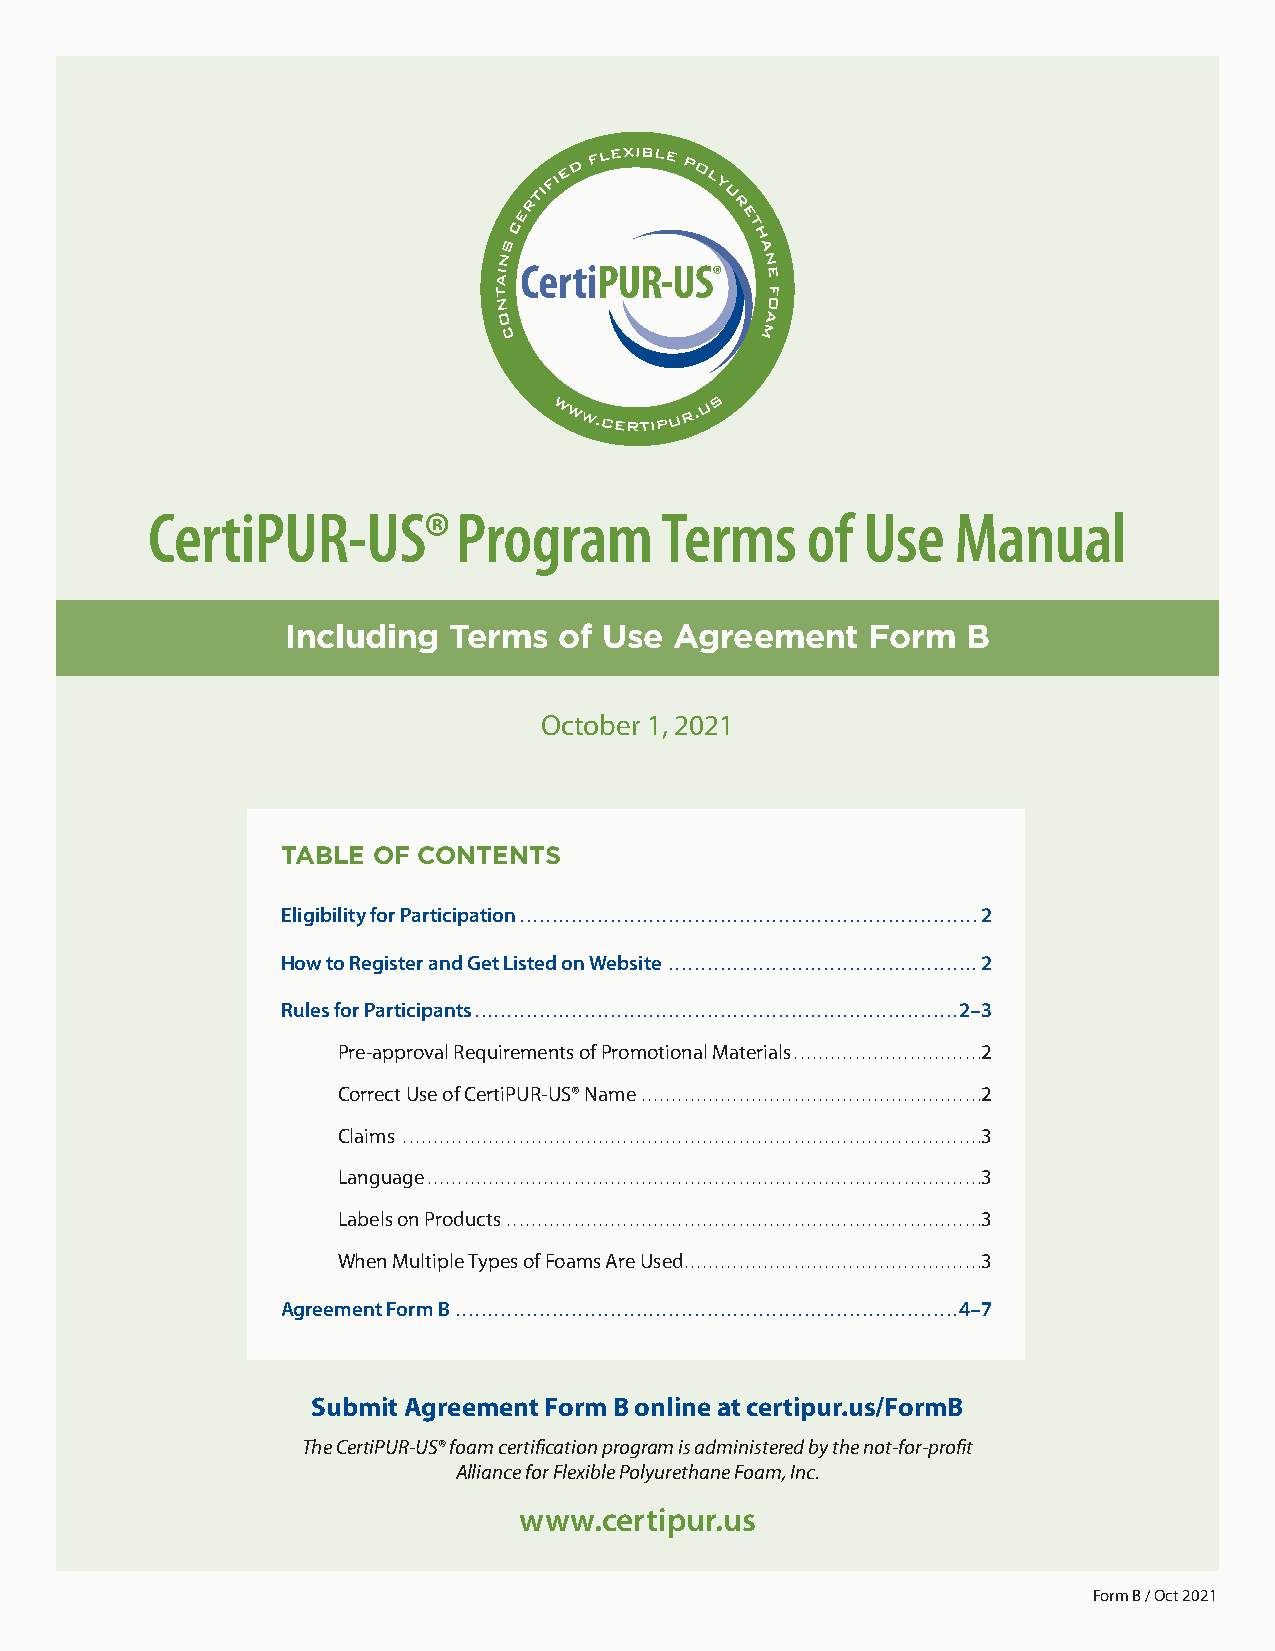
CertiPUR-US®Program               Terms    of  Use   Manual
 Including  Terms  of Use  Agreement    Form  B
 October 1, 2021
 TABLE OF CONTENTS
 Eligibility for Participation  . . . . . . . . . . . . . . . . . . . . . . . . . . . . . . . . . . . . . . . . . . . . . . . . . . . . . . . . . . . . . . . . . . . . . . . 2
 How to Register and Get Listed on Website  . . . . . . . . . . . . . . . . . . . . . . . . . . . . . . . . . . . . . . . . . . . . . . . . 2
 Rules for Participants  . . . . . . . . . . . . . . . . . . . . . . . . . . . . . . . . . . . . . . . . . . . . . . . . . . . . . . . . . . . . . . . . . . . . . . . . . . . 2–3
 Pre-approval Requirements of Promotional Materials .  . . . . . . . . . . . . . . . . . . . . . . . . . . . . . . 2
 Correct Use of CertiPUR-US® Name  . . . . . . . . . . . . . . . . . . . . . . . . . . . . . . . . . . . . . . . . . . . . . . . . . . . . . . . . 2
 Claims  . . . . . . . . . . . . . . . . . . . . . . . . . . . . . . . . . . . . . . . . . . . . . . . . . . . . . . . . . . . . . . . . . . . . . . . . . . . . . . . . . . . . . . . . . . . . . . . 3
 Language  . . . . . . . . . . . . . . . . . . . . . . . . . . . . . . . . . . . . . . . . . . . . . . . . . . . . . . . . . . . . . . . . . . . . . . . . . . . . . . . . . . . . . . . . . . . 3
 Labels on Products  . . . . . . . . . . . . . . . . . . . . . . . . . . . . . . . . . . . . . . . . . . . . . . . . . . . . . . . . . . . . . . . . . . . . . . . . . . . . . . 3
 When Multiple Types of Foams Are Used .  . . . . . . . . . . . . . . . . . . . . . . . . . . . . . . . . . . . . . . . . . . . . . . . . 3
 Agreement Form B  . . . . . . . . . . . . . . . . . . . . . . . . . . . . . . . . . . . . . . . . . . . . . . . . . . . . . . . . . . . . . . . . . . . . . . . . . . . . . . 4–7
 Submit Agreement Form B online at certipur.us/FormB
 The CertiPUR-US® foam certification program is administered by the not-for-profit
 Alliance for Flexible Polyurethane Foam, Inc.
 www .certipur .us
 Form B / Oct 2021